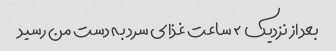
بعد از نزدیک ۲ ساعت غذای سرد به دست من رسید